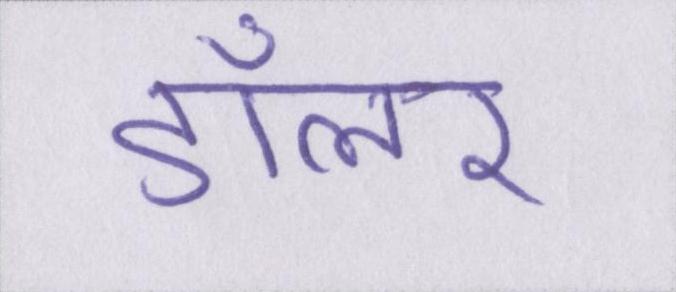
डॉलर